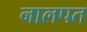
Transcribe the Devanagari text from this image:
नालपत